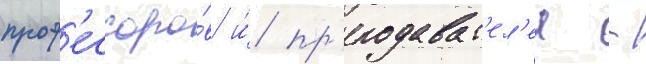
проф'ессоро́в и́ пр'еподават'ел'еи -